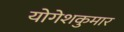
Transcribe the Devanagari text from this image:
योगेशकुमार